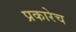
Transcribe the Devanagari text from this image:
प्रकारेच